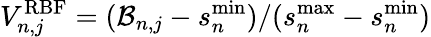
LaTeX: V_{n,j}^{\mathrm{RBF}}=(\mathcal{B}_{n,j}-s_{n}^{\mathrm{min}})/(s_{n}^{\mathrm{max}}-s_{n}^{\mathrm{min}})